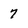
Character: 7